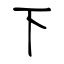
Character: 下